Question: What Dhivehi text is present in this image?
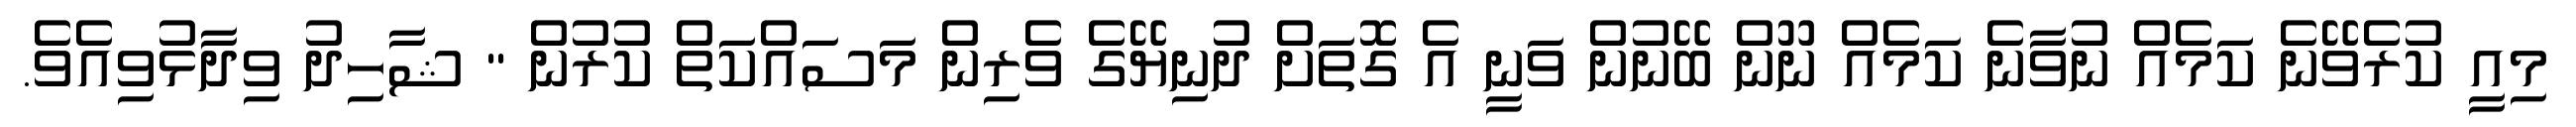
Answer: މިއީ ކުރެވޭނެ ކަމެއް ނުވާނެ ކަމެއް ނޫން ބޭނުން ވަނީ އެ ގޮތަށް ދުނިޔޭގެ ވެރިން މަސައްކަތް ކުރުން " ޝާހިދު ވިދާޅުވިއެވެ.